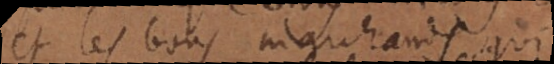
et les bons marchands qui